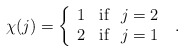
\begin{align*} \chi(j) = \left\{ \begin{array}{cl} 1 & {\rm if} \ \ j=2 \\ 2 & {\rm if} \ \ j=1 \end{array} \right. \ .\end{align*}